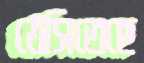
ঠেসিতেছে